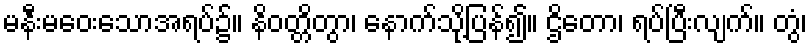
မနီးမဝေးသောအရပ်၌။ နိဝတ္တိတွာ၊ နောက်သို့ပြန်၍။ ဌိတော၊ ရပ်ပြီးလျက်။ တွံ၊